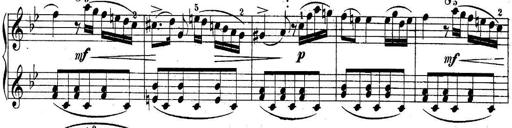
Title: 10 Sonatines progressives
Composer: Anton Schmoll